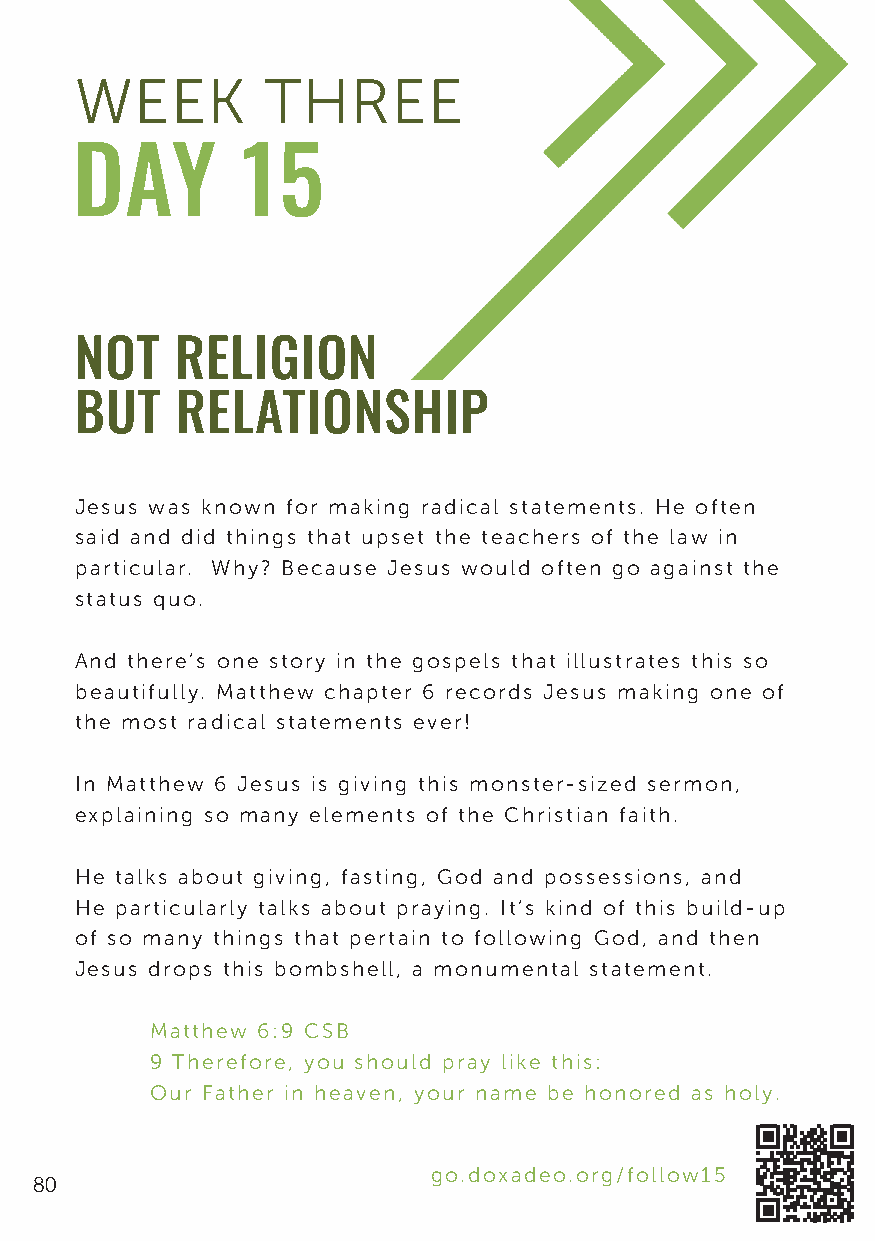
WEEK        THREE
 DAY        15
 NOT    RELIGION
 BUT    RELATIONSHIP
 Jesus was known for making radical statements. He often
 said and did things that upset the teachers of the law in
 particular. Why? Because Jesus would often go against the
 status quo.
 And there’s one story in the gospels that illustrates this so
 beautifully. Matthew chapter 6 records Jesus making one of
 the most radical statements ever!
 In Matthew 6 Jesus is giving this monster-sized sermon,
 explaining so many elements of the Christian faith.
 He talks about giving, fasting, God and possessions, and
 He particularly talks about praying. It’s kind of this build-up
 of so many things that pertain to following God, and then
 Jesus drops this bombshell, a monumental statement.
 Matthew 6:9 CSB
 9 Therefore, you should pray like this:
 Our Father in heaven, your name be honored as holy.
 go.doxadeo.org/follow15
 80